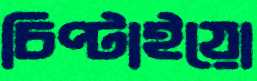
চিপ্‌টাইয়ো